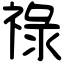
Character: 祿